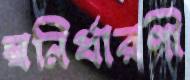
স্বনির্ধারণী